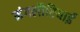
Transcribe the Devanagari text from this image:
मंगलौरियाई